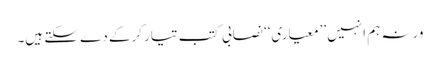
ورنہ ہم انہیں ’’معیاری‘‘ نصابی کتب تیار کرکے دے سکتے ہیں۔